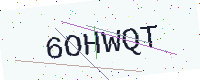
Text: 6OHWQT